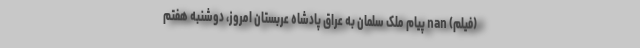
(فیلم) nan پیام ملک سلمان به عراق پادشاه عربستان امروز، دوشنبه هفتم